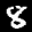
Label: 8